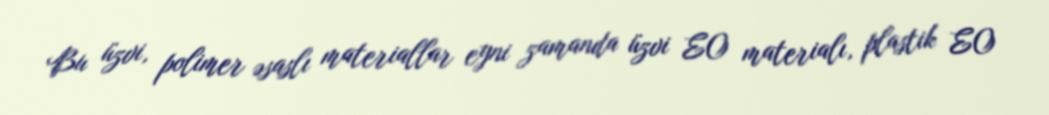
Bu üzvi, polimer əsaslı materiallar eyni zamanda üzvi EO materialı, plastik EO